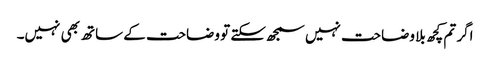
اگر تم کچھ بلا وضاحت نہیں سمجھ سکتے تو وضاحت کے ساتھ بھی نہیں۔